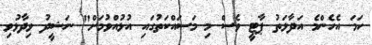
ހަމަ އެހެންމެ އަދާލަތު ޕާޓީ ވެސް މި މަސައްކަތުގައި އުޅުއްވުމަށް" ނަޝީދު ވިދާޅުވި